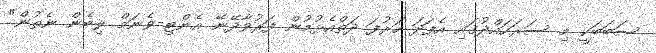
ސަބަބަކީ މި ސަރަހައްދުގައި އެފަދަ ހަރުފަ ދަތްއެޅުމުން ފަރުވާދޭނޭ އެންޓި-ވެނަމް ލިބެން ނެތުން"